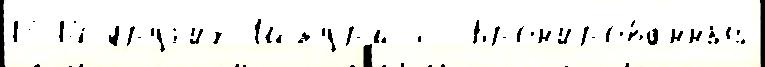
13-14 друг'и́х Штурм-С Брон'ированный